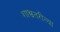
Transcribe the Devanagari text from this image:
शाश्वतरीत्या